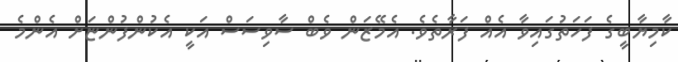
ކާމިޔާބީގެ ފަހަތުގައިވާ އެއް ފަރާތެވެ. އެމޭޒަން ވެބް ސާވިސަސް އަކީ އެކުންފުންޏަށް އެންމެ